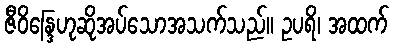
ဇီဝိန္ဒြေဟုဆိုအပ်သောအသက်သည်။ ဥပရိ၊ အထက်